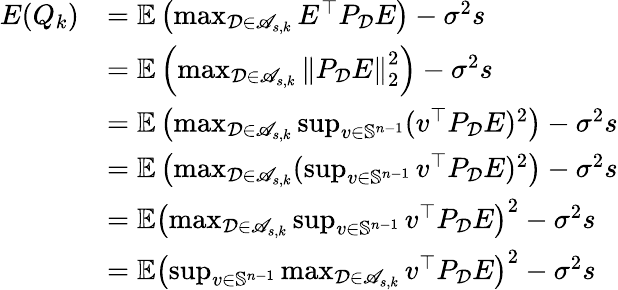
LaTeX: \begin{array}{rl}{E(Q_{k})}&{=\mathbb{E}\left(\operatorname*{max}_{\mathcal{D}\in\mathscr{A}_{s,k}}E^{\top}P_{\mathcal{D}}E\right)-\sigma^{2}s}\\ &{=\mathbb{E}\left(\operatorname*{max}_{\mathcal{D}\in\mathscr{A}_{s,k}}\left\| P_{\mathcal{D}}E\right\| _{2}^{2}\right)-\sigma^{2}s}\\ &{=\mathbb{E}\left(\operatorname*{max}_{\mathcal{D}\in\mathscr{A}_{s,k}}\operatorname*{sup}_{v\in\mathbb{S}^{n-1}}(v^{\top}P_{\mathcal{D}}E)^{2}\right)-\sigma^{2}s}\\ &{=\mathbb{E}\left(\operatorname*{max}_{\mathcal{D}\in\mathscr{A}_{s,k}}(\operatorname*{sup}_{v\in\mathbb{S}^{n-1}}v^{\top}P_{\mathcal{D}}E)^{2}\right)-\sigma^{2}s}\\ &{=\mathbb{E}\left(\operatorname*{max}_{\mathcal{D}\in\mathscr{A}_{s,k}}\operatorname*{sup}_{v\in\mathbb{S}^{n-1}}v^{\top}P_{\mathcal{D}}E\right)^{2}-\sigma^{2}s}\\ &{=\mathbb{E}\left(\operatorname*{sup}_{v\in\mathbb{S}^{n-1}}\operatorname*{max}_{\mathcal{D}\in\mathscr{A}_{s,k}}v^{\top}P_{\mathcal{D}}E\right)^{2}-\sigma^{2}s}\end{array}